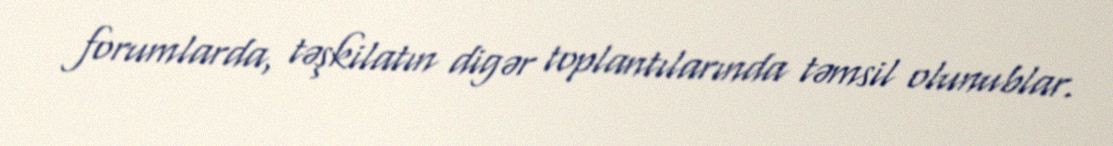
forumlarda, təşkilatın digər toplantılarında təmsil olunublar.